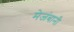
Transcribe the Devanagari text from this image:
मेजंबानी